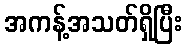
အကန့်အသတ်ရှိပြီး